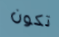
تكون